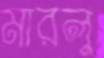
মারলু